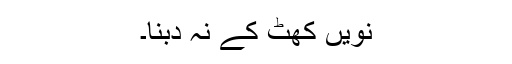
نویں کھٹ کے نہ دبنا۔